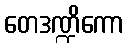
တေဒဏ္ဍိကော